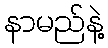
နာမည်နဲ့